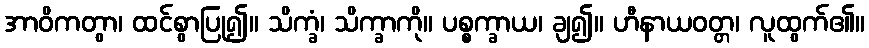
အာဝိကတွာ၊ ထင်စွာပြု၍။ သိက္ခံ၊ သိက္ခာကို။ ပစ္စက္ခာယ၊ ချ၍။ ဟီနာယဝတ္တ၊ လူထွက်၏။